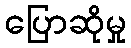
ပြောဆိုမှု